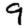
Digit: 9